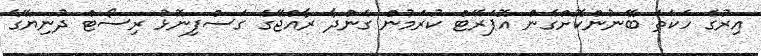
އިރުގެ ހަކަތަ ބޭނުންކޮށްގެން އޮޕަރޭޓް ކުރަމުން ގެންދާ ރާއްޖޭގެ ގަސްފިނޮޅު ރިސޯޓް ދުނިޔޭގެ